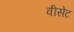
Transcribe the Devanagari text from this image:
वीसेट